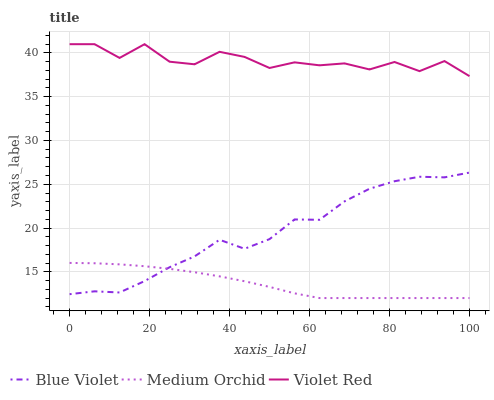
| xaxis_label | Blue Violet | Medium Orchid | Violet Red |
 | --- | --- | --- | --- |
 | 0 | 12.4 | 16 | 41 |
 | 6.25 | 12.8 | 16 | 41 |
 | 12.5 | 12.6 | 15.9 | 39.4 |
 | 18.8 | 13.9 | 15.6 | 41 |
 | 25 | 15.5 | 15.3 | 39 |
 | 31.2 | 16.8 | 15 | 38.7 |
 | 37.5 | 18.7 | 14.5 | 40.1 |
 | 43.8 | 17.6 | 13.9 | 39.5 |
 | 50 | 18.7 | 13.3 | 38.3 |
 | 56.2 | 21 | 12.5 | 38.9 |
 | 62.5 | 20.9 | 12 | 38.6 |
 | 68.8 | 23 | 12 | 38.8 |
 | 75 | 24.5 | 12 | 38.1 |
 | 81.2 | 25.3 | 12 | 39 |
 | 87.5 | 25.9 | 12 | 37.9 |
 | 93.8 | 25.8 | 12 | 39.1 |
 | 100 | 26.3 | 12 | 37.3 |